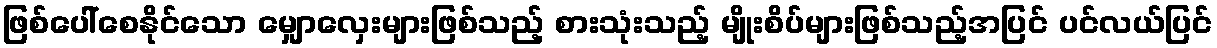
ဖြစ်ပေါ်စေနိုင်သော မျှောလှေးများဖြစ်သည့် စားသုံးသည့် မျိုးစိပ်များဖြစ်သည့်အပြင် ပင်လယ်ပြင်